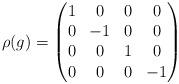
LaTeX: \begin{align*}\rho(g)=\begin{pmatrix}1&0&0&0\\0&-1&0&0\\0&0&1&0\\0&0&0&-1\end{pmatrix}\end{align*}